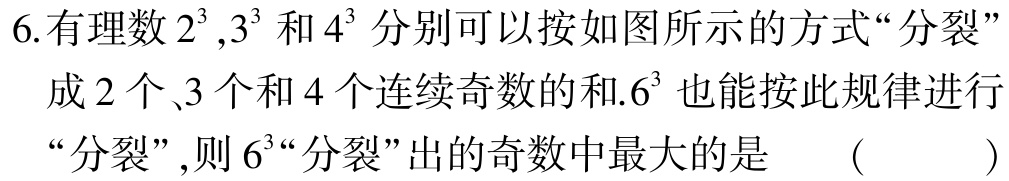
6.有理数$2^{3},3^{3}$和$4^{3}$分别可以按如图所示的方式“分裂”成2个、3个和4个连续奇数的和.$6^{3}$也能按此规律进行“分裂”,则$6^{“}$“分裂”出的奇数中最大的是 （  ）